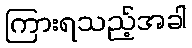
ကြားရသည့်အခါ